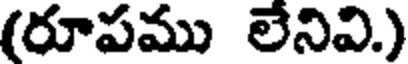
(రూపము లేనివి.)